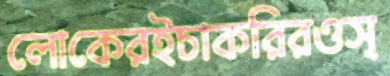
লোকেরইচাকরিরওস্